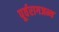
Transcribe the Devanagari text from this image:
पूर्वरागजन्य